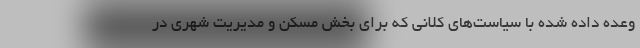
وعده داده شده با سیاست‌های کلانی که برای بخش مسکن و مدیریت شهری در